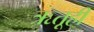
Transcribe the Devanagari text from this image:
ऋतूही